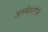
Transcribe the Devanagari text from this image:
अस्बेस्तोस